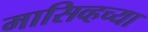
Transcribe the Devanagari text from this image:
मासिव्हच्या